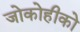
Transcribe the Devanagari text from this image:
जोकोहीको